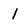
Character: 1